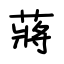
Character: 蔣